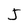
Character: J